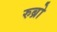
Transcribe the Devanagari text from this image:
रुब्रो